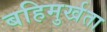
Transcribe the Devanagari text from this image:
बहिमुर्खता